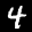
Label: 4